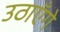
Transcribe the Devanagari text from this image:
उठाएँगे